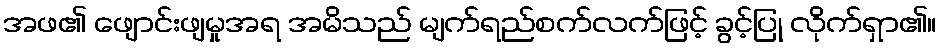
အဖ၏ ဖျောင်းဖျမှုအရ အမိသည် မျက်ရည်စက်လက်ဖြင့် ခွင့်ပြု လိုက်ရှာ၏။